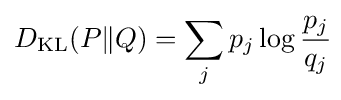
D_{\mathrm {KL} }(P\|Q)=\sum _{j}p_{j}\log {\frac {p_{j}}{q_{j}}}\!